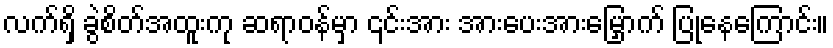
လက်ရှိ ခွဲစိတ်အထူးကု ဆရာဝန်မှာ ၎င်းအား အားပေးအားမြှောက် ပြုနေကြောင်း။